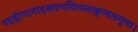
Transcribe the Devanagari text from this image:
नदद्वीणानादश्रवणविलसत्कुण्डलगुणा।